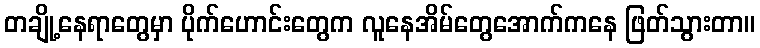
တချို့နေရာတွေမှာ ပိုက်ဟောင်းတွေက လူနေအိမ်တွေအောက်ကနေ ဖြတ်သွားတာ။